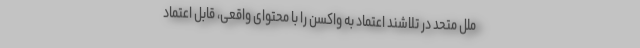
ملل متحد در تلاشند اعتماد به واکسن را با محتوای واقعی، قابل اعتماد